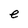
Character: e